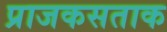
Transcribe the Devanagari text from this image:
प्राजकसताक